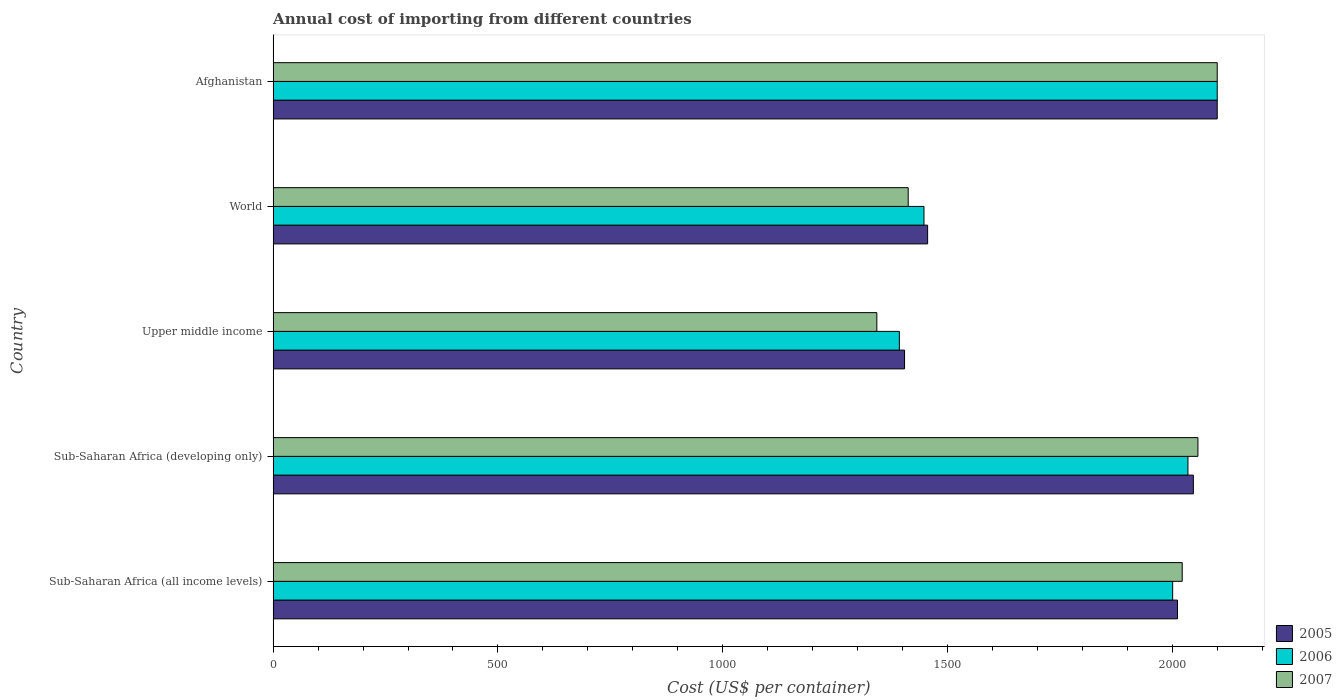
| Country | 2005 | 2006 | 2007 |
 | --- | --- | --- | --- |
 | Sub-Saharan Africa (all income levels) | 2.01e+03 | 2e+03 | 2.02e+03 |
 | Sub-Saharan Africa (developing only) | 2.05e+03 | 2.03e+03 | 2.06e+03 |
 | Upper middle income | 1.4e+03 | 1.39e+03 | 1.34e+03 |
 | World | 1.46e+03 | 1.45e+03 | 1.41e+03 |
 | Afghanistan | 2.1e+03 | 2.1e+03 | 2.1e+03 |